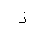
Letter: _zay